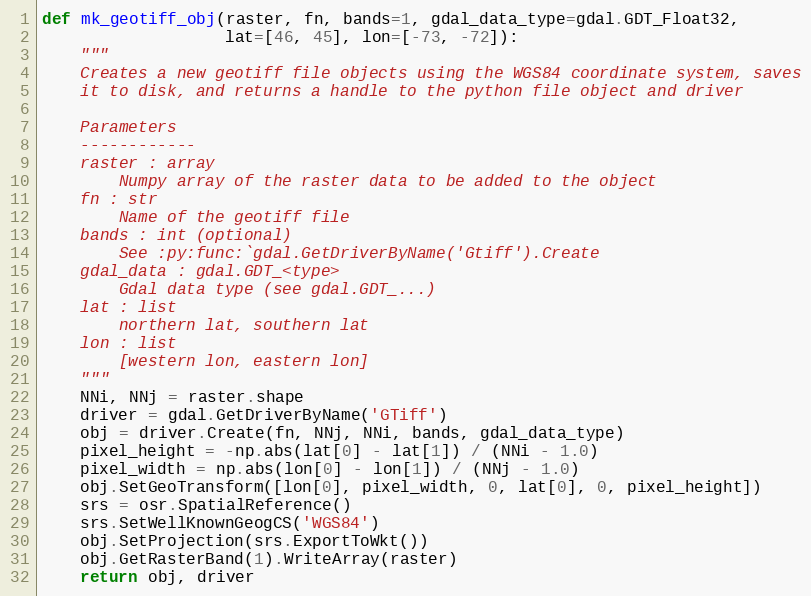
Language: Python
def mk_geotiff_obj(raster, fn, bands=1, gdal_data_type=gdal.GDT_Float32,
                   lat=[46, 45], lon=[-73, -72]):
    """
    Creates a new geotiff file objects using the WGS84 coordinate system, saves
    it to disk, and returns a handle to the python file object and driver

    Parameters
    ------------
    raster : array
        Numpy array of the raster data to be added to the object
    fn : str
        Name of the geotiff file
    bands : int (optional)
        See :py:func:`gdal.GetDriverByName('Gtiff').Create
    gdal_data : gdal.GDT_<type>
        Gdal data type (see gdal.GDT_...)
    lat : list
        northern lat, southern lat
    lon : list
        [western lon, eastern lon]
    """
    NNi, NNj = raster.shape
    driver = gdal.GetDriverByName('GTiff')
    obj = driver.Create(fn, NNj, NNi, bands, gdal_data_type)
    pixel_height = -np.abs(lat[0] - lat[1]) / (NNi - 1.0)
    pixel_width = np.abs(lon[0] - lon[1]) / (NNj - 1.0)
    obj.SetGeoTransform([lon[0], pixel_width, 0, lat[0], 0, pixel_height])
    srs = osr.SpatialReference()
    srs.SetWellKnownGeogCS('WGS84')
    obj.SetProjection(srs.ExportToWkt())
    obj.GetRasterBand(1).WriteArray(raster)
    return obj, driver